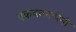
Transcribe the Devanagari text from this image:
एकवचनःपेनी